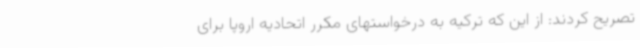
تصریح کردند: از این که ترکیه به درخواستهای مکرر اتحادیه اروپا برای